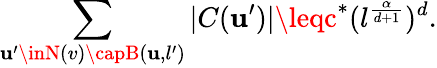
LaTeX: \sum_{\mathbf{u}^{\prime}\inN(v)\capB(\mathbf{u},l^{\prime})}|C(\mathbf{u}^{\prime})|\leqc^{*}(l^{\frac{{\alpha}}{{d+1}}})^{d}.